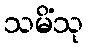
သမိံသု